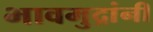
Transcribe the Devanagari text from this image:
भावमुद्रांनी